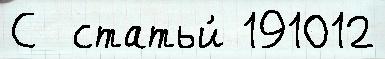
С  статьи́ 191012